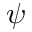
\psi